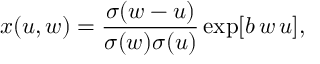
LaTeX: x ( u , w ) = { \frac { \sigma ( w - u ) } { \sigma ( w ) \sigma ( u ) } } \exp [ b \, w \, u ] ,